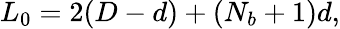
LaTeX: L_{0}=2(D-d)+(N_{b}+1)d,